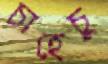
চাহেচু